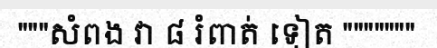
"""សំពង វា ៨ រំពាត់ ទៀត """""""